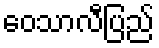
ဝေသာလီပြည်